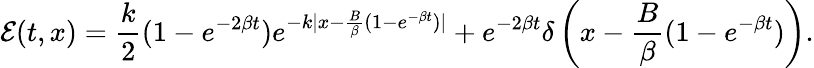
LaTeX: {\mathcal E}(t,x)=\frac{k}{2}(1-e^{-2\beta t})e^{-k|x-\frac{B}{\beta}(1-e^{-\beta t})|}+e^{-2\beta t}\delta\left(x-\frac{B}{\beta}(1-e^{-\beta t})\right).